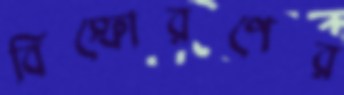
বিস্ফোরণের